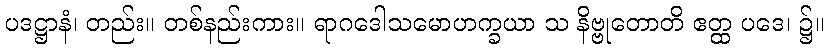
ပဒဋ္ဌာနံ၊ တည်း။ တစ်နည်းကား။ ရာဂဒေါသမောဟက္ခယာ သ နိဗ္ဗုတောတိ ဧတ္ထ ပဒေ၊ ၌။